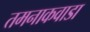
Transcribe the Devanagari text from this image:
तमनाकवाडा